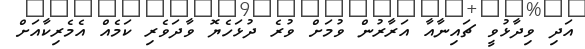
އަދި ވިދާޅުވީ ޗައިނާއާ އަރާރުން ވުމަށް ވުރެ ދުޅަހެޔޮ ވާދަވެރި ކަމެއް އެމެރިކާއަށް